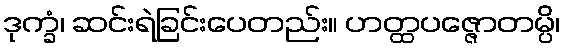
ဒုက္ခံ၊ ဆင်းရဲခြင်းပေတည်း။ ဟတ္ထပဇ္ဇောတမ္ပိ၊